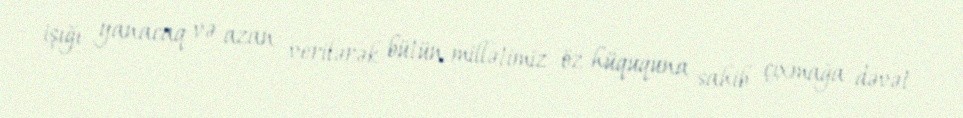
işığı yanacaq və azan verilərək bütün millətimiz öz hüququna sahib çıxmağa dəvət